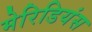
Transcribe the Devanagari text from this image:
मेरिडियंस